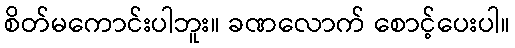
စိတ်မကောင်းပါဘူး။ ခဏလောက် စောင့်ပေးပါ။